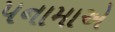
પનામાએ